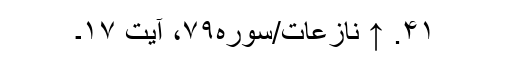
۴۱. ↑ نازعات/سوره۷۹، آیت ۱۷۔